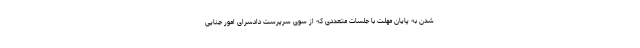
شدن به پایان مهلت با جلسات متعددی که از سوی سرپرست دادسرای امور جنایی